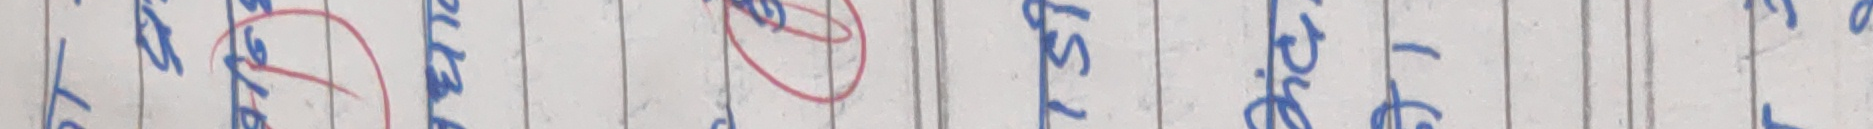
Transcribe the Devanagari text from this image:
रहेरहेको छ।